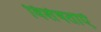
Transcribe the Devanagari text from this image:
विशेषताऐ